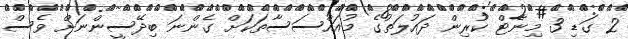
2 ގަޑި 3 މިނެޓް ކުރިން ދައުލަތުގެ މުއައްސަސާތަކަށް ގެންނަ ބިދޭސީންނަށް ވެސް